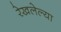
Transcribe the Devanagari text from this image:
रेखलेल्या